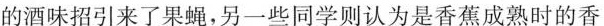
的酒味招引来了果蝇，另一些同学则认为是香蕉成熟时的香